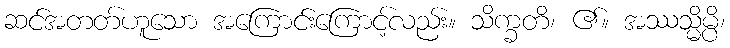
ဆင်အတတ်ဟူသော အကြောင်းကြောင့်လည်း။ သိက္ခတိ၊ ၏။ အဿသ္မိမ္ပိ၊